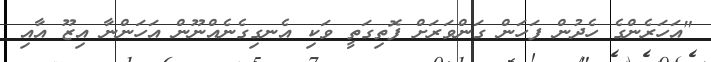
"އަހަރެންގެ ހެދުން ފަހަން ގަންވަރަށް ފޮތިގަތީ ވަކި އެނގިގެނެއްނޫން އަހަންނާ އިޒޫ އާއި